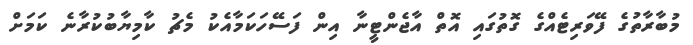
މުބާރާތުގެ ފޭވަރިޓެއްގެ ގޮތުގައި އޮތް އާޖެންޓީނާ އިން ފަސޭހަކަމާއެކު މެޗު ކާމިޔާބުކުރާނެ ކަމަށް